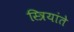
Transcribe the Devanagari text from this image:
स्त्रियांते